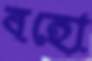
বহো